Civil Veterinary Dept. Bombay admin report 1907-1913 - 1907-1913
Year: 1907
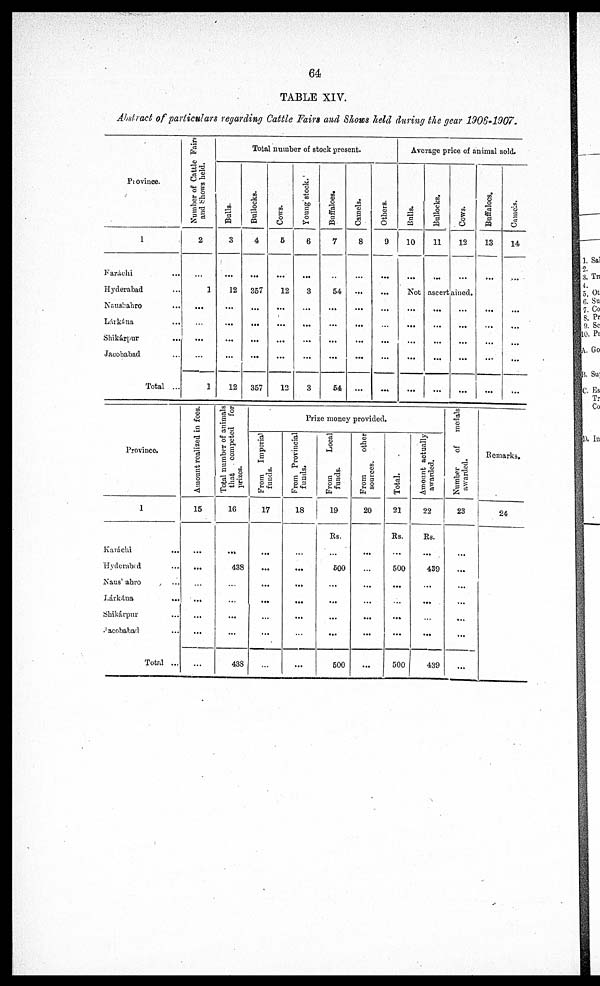
64
TABLE XIV.
Abstract of particulars regarding Cattle Fairs and Shows held during the gear 1906-1907.
Province.
1
Karachi
...
Hyderabad
Naushahro ...
Lárkána ...
Shikárpur ...
Jacobabad ...
Total ...
Number of Cattle Fairs
and Shows held.
2
...
1
...
...
...
1
Total number of stock present.
Balls.
3
...
12
...
...
...
...
12
Bullocks.
4
...
357
...
...
...
...
357
Cows.
5
...
12
...
...
...
...
12
Young stock.
6
...
3
...
...
...
...
3
Buffaloes.
7
...
54
...
...
...
...
54
Camels.
8
...
...
...
...
...
...
...
Others.
9
...
...
...
...
...
...
Average price of animal sold.
Bulls.
10
...
Bullocks.
11
...
Cows.
12
...
Not ascertained.
...
...
...
...
...
...
...
...
...
...
...
...
...
...
...
Buffaloes.
13
...
...
...
...
...
...
Camels.
14
...
...
...
...
...
...
Province.
1
Karáchi ...
Hyderabad ...
Naushahro ...
Lárkána
...
Shikápur ...
Jacobabad ...
Total ...
Amount realized in fees.
15
...
...
...
...
...
...
...
Total number of animals
that
competed for
prizes.
16
...
438
...
...
...
...
438
Prize money provided
From
Imperial
funds.
17
...
...
...
...
...
...
...
From Provincial
funds.
18
...
...
...
...
...
...
From
Local
funds.
19
Rs.
...
600
...
...
...
...
500
From
other
sources.
20
...
...
...
...
...
...
...
Total.
21
Rs.
...
500
...
...
...
...
500
Amount actually
awarded.
22
Rs.
...
439
...
...
...
...
439
Number of
medals
awarded.
23
...
...
...
...
...
...
...
Remarks.
24